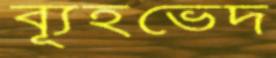
ব্যূহভেদ